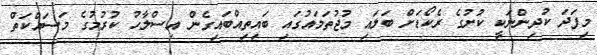
މިފަދަ ކުދިންނަކީ ކުށުގެ ރެކޯޑަށް ބަލައި މުޖުތަމައުގައި ބައިތިއްބައިގެން އިސްލާހު ކުރުމުގެ މަސައްކަތް